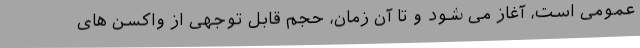
عمومی است، آغاز می شود و تا آن زمان، حجم قابل توجهی از واکسن های